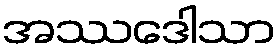
အဿဒေါသာ